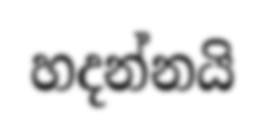
හදන්නයි